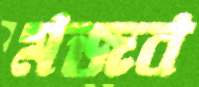
মজব